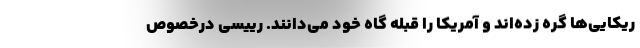
ریکایی‌ها گره زده‌اند و آمریکا را قبله گاه خود می‌دانند. رییسی درخصوص